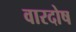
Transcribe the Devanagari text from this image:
वारदोष